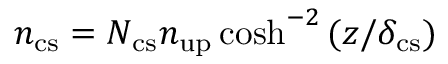
n _ { \mathrm { c s } } = N _ { \mathrm { c s } } n _ { \mathrm { u p } } \cosh ^ { - 2 } { ( z / \delta _ { \mathrm { c s } } ) }